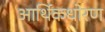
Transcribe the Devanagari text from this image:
आर्थिकधोरण